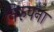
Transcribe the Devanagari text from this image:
निरुपना